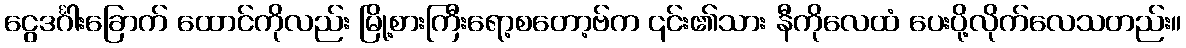
ငွေဒင်္ဂါးခြောက် ထောင်ကိုလည်း မြို့စားကြီးရော့စတော့ဗ်က ၎င်း၏သား နီကိုလေထံ ပေးပို့လိုက်လေသတည်း။